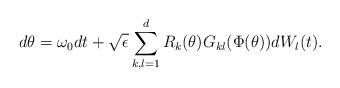
LaTeX: \begin{align*}d\theta=\omega_0dt +\sqrt{\epsilon} \sum_{k,l=1}^d R_k(\theta)G_{kl}(\Phi(\theta))dW_l(t).\end{align*}